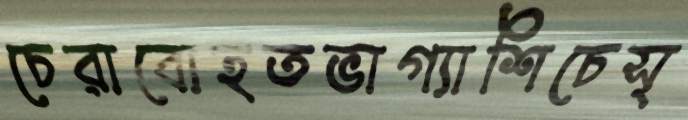
চেরাবোহতভাগ্যাশিচেস্